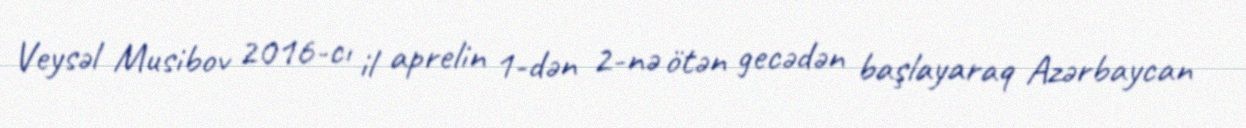
Veysəl Musibov 2016-cı il aprelin 1-dən 2-nə ötən gecədən başlayaraq Azərbaycan